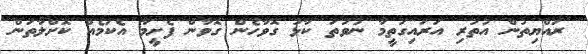
ރައްޔިތުން އުތުރި އަރައިގަތީމާ ނުވަތަ ކާޅު ގޮވާހެން ގޮވާން ފެށީމާ އެކަމެއް ކޮށްލާތަން